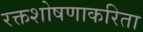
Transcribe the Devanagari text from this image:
रक्तशोषणाकरिता